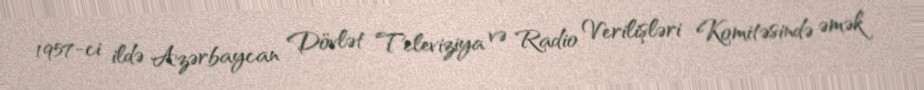
1957-ci ildə Azərbaycan Dövlət Televiziya və Radio Verilişləri Komitəsində əmək